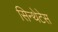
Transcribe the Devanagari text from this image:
सिन्थेटेस